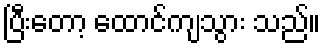
ပြီးတော့ ထောင်ကျသွား သည်။